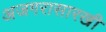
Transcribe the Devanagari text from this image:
अजगरासारखी